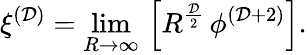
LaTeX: \xi^{(\mathcal{D})}=\operatorname*{lim}_{R\rightarrow\infty}\, \left[R^{\frac{{\mathcal{D}}}{{2}}}\, \phi^{(\mathcal{D}+2)}\right].